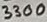
Text: 3300